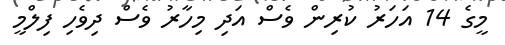
މީގެ 14 އަހަރު ކުރިން ވެސް އަދި މިހާރު ވެސް ދިވެހި ފިލްމީ